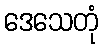
ဒေသေတုံ